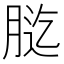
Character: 𦛰